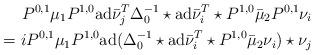
LaTeX: \begin{align*} P^{0,1}\mu_1P^{1,0}{\rm ad}\bar\nu_j^T\Delta^{-1}_0\star{\rm ad}\bar\nu_i^T\star P^{1,0}\bar\mu_2P^{0,1}\nu_i\\ =i P^{0,1}\mu_1P^{1,0}{\rm ad}(\Delta^{-1}_0\star{\rm ad}\bar\nu_i^T\star P^{1,0}\bar\mu_2\nu_i)\star\nu_j\end{align*}